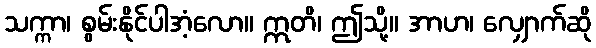
သက္ကာ၊ စွမ်းနိုင်ပါအံ့လော။ ဣတိ၊ ဤသို့။ အာဟ၊ လျှောက်ဆို